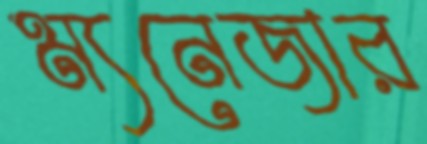
ম্যনেজার